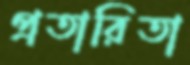
প্রতারিতা